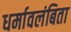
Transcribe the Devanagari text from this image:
धर्मावलंबिता